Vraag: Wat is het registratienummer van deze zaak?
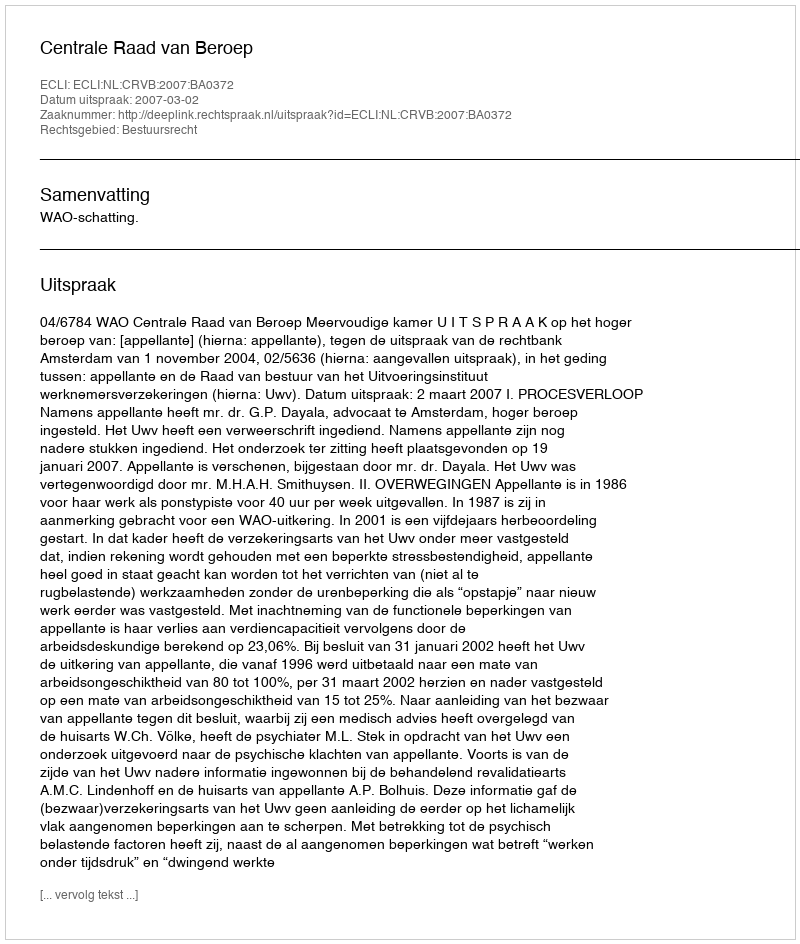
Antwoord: http://deeplink.rechtspraak.nl/uitspraak?id=ECLI:NL:CRVB:2007:BA0372